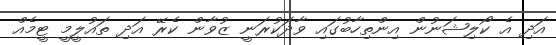
އަދި އެ ކޯލިޝަނުން އިންތިހާބުގައި ވާދަކުރަނީ ޒުވާން ކެރޭ އަދި ތައުލީމީ ޓީމެއް